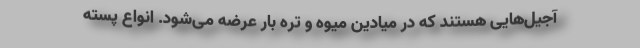
آجیل‌هایی هستند که در میادین میوه و تره بار عرضه می‌شود. انواع پسته